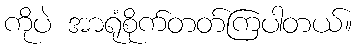
ကိုပဲ အာရုံစိုက်တတ်ကြပါတယ်။